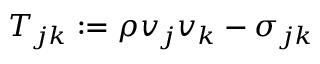
T _ { j k } : = \rho v _ { j } v _ { k } - \sigma _ { j k }